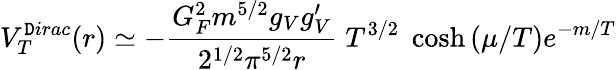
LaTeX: V_{T}^{\mathtt{D}irac}(r)\simeq-{\frac{{G_{F}^{2}m^{5/2}g_{V}g_{V}^{\prime}}}{{2^{1/2}\pi^{5/2}r}}}\; T^{3/2}\; \cosh{(\mu/T)}e^{-m/T}